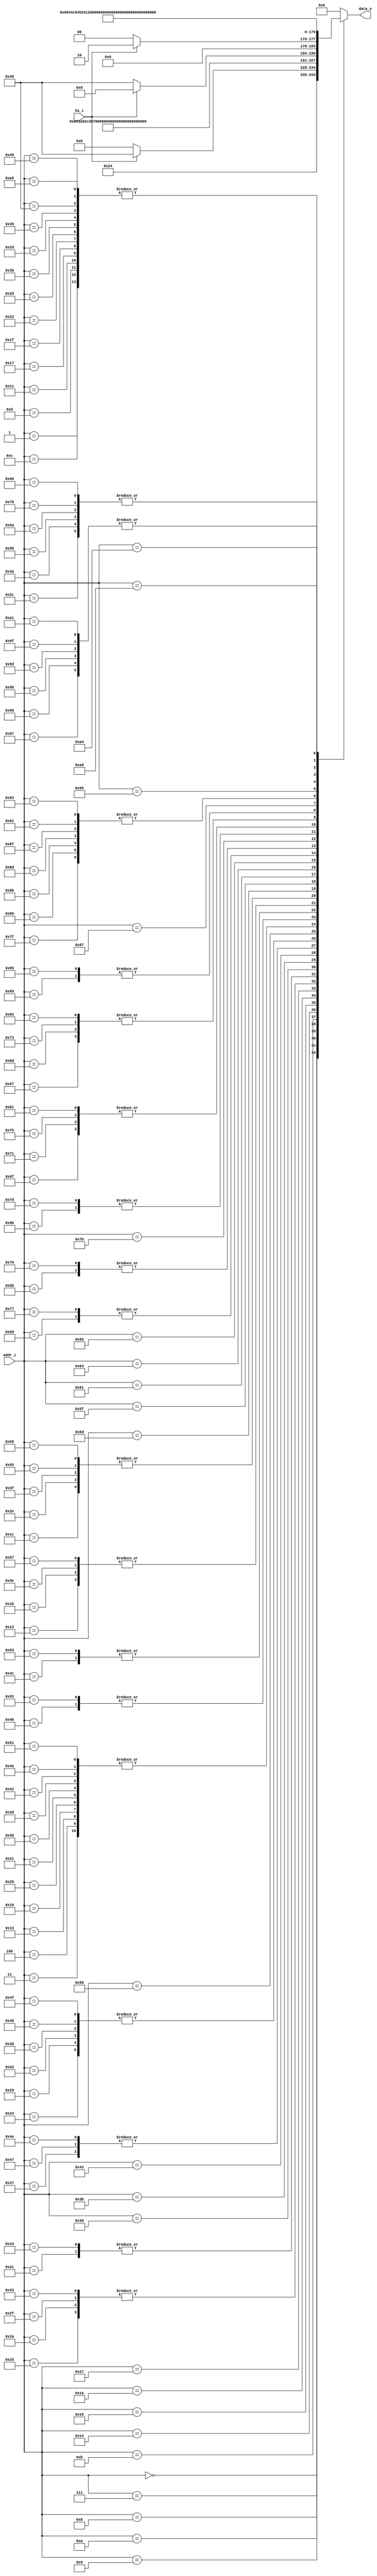
//-----------------------------------------------------------------
//                       USB CDC Device
//                            V0.1
//                     Ultra-Embedded.com
//                     Copyright 2014-2019
//
//
//                         License: LGPL
//-----------------------------------------------------------------
//
// This source file may be used and distributed without         
// restriction provided that this copyright statement is not    
// removed from the file and that any derivative work contains  
// the original copyright notice and the associated disclaimer. 
//
// This source file is free software; you can redistribute it   
// and/or modify it under the terms of the GNU Lesser General   
// Public License as published by the Free Software Foundation; 
// either version 2.1 of the License, or (at your option) any   
// later version.
//
// This source is distributed in the hope that it will be       
// useful, but WITHOUT ANY WARRANTY; without even the implied   
// warranty of MERCHANTABILITY or FITNESS FOR A PARTICULAR      
// PURPOSE.  See the GNU Lesser General Public License for more 
// details.
//
// You should have received a copy of the GNU Lesser General    
// Public License along with this source; if not, write to the 
// Free Software Foundation, Inc., 59 Temple Place, Suite 330, 
// Boston, MA  02111-1307  USA
//-----------------------------------------------------------------

//-----------------------------------------------------------------
//                          Generated File
//-----------------------------------------------------------------
module usb_desc_rom
(
    input        hs_i,
    input  [7:0] addr_i,
    output [7:0] data_o
);

reg [7:0] desc_rom_r;

always @ *
begin
    case (addr_i)
    8'd0: desc_rom_r = 8'h12;
    8'd1: desc_rom_r = 8'h01;
    8'd2: desc_rom_r = 8'h00;
    8'd3: desc_rom_r = 8'h02;
    8'd4: desc_rom_r = 8'h02;
    8'd5: desc_rom_r = 8'h00;
    8'd6: desc_rom_r = 8'h00;
    8'd7: desc_rom_r = hs_i ? 8'h40 : 8'h08;
    8'd8: desc_rom_r = 8'h50;  // VID_L
    8'd9: desc_rom_r = 8'h1d;  // VID_H
    8'd10: desc_rom_r = 8'h49; // PID_L 
    8'd11: desc_rom_r = 8'h61; // PID_H
    8'd12: desc_rom_r = 8'h01;
    8'd13: desc_rom_r = 8'h01;
    8'd14: desc_rom_r = 8'h00;
    8'd15: desc_rom_r = 8'h00;
    8'd16: desc_rom_r = 8'h00;
    8'd17: desc_rom_r = 8'h01;
    8'd18: desc_rom_r = 8'h09;
    8'd19: desc_rom_r = 8'h02;
    8'd20: desc_rom_r = 8'h43;
    8'd21: desc_rom_r = 8'h00;
    8'd22: desc_rom_r = 8'h02;
    8'd23: desc_rom_r = 8'h01;
    8'd24: desc_rom_r = 8'h00;
    8'd25: desc_rom_r = 8'h80;
    8'd26: desc_rom_r = 8'h32;
    8'd27: desc_rom_r = 8'h09;
    8'd28: desc_rom_r = 8'h04;
    8'd29: desc_rom_r = 8'h00;
    8'd30: desc_rom_r = 8'h00;
    8'd31: desc_rom_r = 8'h01;
    8'd32: desc_rom_r = 8'h02;
    8'd33: desc_rom_r = 8'h02;
    8'd34: desc_rom_r = 8'h01;
    8'd35: desc_rom_r = 8'h00;
    8'd36: desc_rom_r = 8'h05;
    8'd37: desc_rom_r = 8'h24;
    8'd38: desc_rom_r = 8'h00;
    8'd39: desc_rom_r = 8'h10;
    8'd40: desc_rom_r = 8'h01;
    8'd41: desc_rom_r = 8'h05;
    8'd42: desc_rom_r = 8'h24;
    8'd43: desc_rom_r = 8'h01;
    8'd44: desc_rom_r = 8'h03;
    8'd45: desc_rom_r = 8'h01;
    8'd46: desc_rom_r = 8'h04;
    8'd47: desc_rom_r = 8'h24;
    8'd48: desc_rom_r = 8'h02;
    8'd49: desc_rom_r = 8'h06;
    8'd50: desc_rom_r = 8'h05;
    8'd51: desc_rom_r = 8'h24;
    8'd52: desc_rom_r = 8'h06;
    8'd53: desc_rom_r = 8'h00;
    8'd54: desc_rom_r = 8'h01;
    8'd55: desc_rom_r = 8'h07;
    8'd56: desc_rom_r = 8'h05;
    8'd57: desc_rom_r = 8'h83;
    8'd58: desc_rom_r = 8'h03;
    8'd59: desc_rom_r = 8'h40;
    8'd60: desc_rom_r = 8'h00;
    8'd61: desc_rom_r = 8'h02;
    8'd62: desc_rom_r = 8'h09;
    8'd63: desc_rom_r = 8'h04;
    8'd64: desc_rom_r = 8'h01;
    8'd65: desc_rom_r = 8'h00;
    8'd66: desc_rom_r = 8'h02;
    8'd67: desc_rom_r = 8'h0a;
    8'd68: desc_rom_r = 8'h00;
    8'd69: desc_rom_r = 8'h00;
    8'd70: desc_rom_r = 8'h00;
    8'd71: desc_rom_r = 8'h07;
    8'd72: desc_rom_r = 8'h05;
    8'd73: desc_rom_r = 8'h01;
    8'd74: desc_rom_r = 8'h02;
    8'd75: desc_rom_r = hs_i ? 8'h00 : 8'h40;
    8'd76: desc_rom_r = hs_i ? 8'h02 : 8'h00;
    8'd77: desc_rom_r = 8'h00;
    8'd78: desc_rom_r = 8'h07;
    8'd79: desc_rom_r = 8'h05;
    8'd80: desc_rom_r = 8'h82;
    8'd81: desc_rom_r = 8'h02;
    8'd82: desc_rom_r = hs_i ? 8'h00 : 8'h40;
    8'd83: desc_rom_r = hs_i ? 8'h02 : 8'h00;
    8'd84: desc_rom_r = 8'h00;
    8'd85: desc_rom_r = 8'h04;
    8'd86: desc_rom_r = 8'h03;
    8'd87: desc_rom_r = 8'h09;
    8'd88: desc_rom_r = 8'h04;
    8'd89: desc_rom_r = 8'h1e;
    8'd90: desc_rom_r = 8'h03;
    8'd91: desc_rom_r = 8'h55;
    8'd92: desc_rom_r = 8'h00;
    8'd93: desc_rom_r = 8'h4c;
    8'd94: desc_rom_r = 8'h00;
    8'd95: desc_rom_r = 8'h54;
    8'd96: desc_rom_r = 8'h00;
    8'd97: desc_rom_r = 8'h52;
    8'd98: desc_rom_r = 8'h00;
    8'd99: desc_rom_r = 8'h41;
    8'd100: desc_rom_r = 8'h00;
    8'd101: desc_rom_r = 8'h2d;
    8'd102: desc_rom_r = 8'h00;
    8'd103: desc_rom_r = 8'h45;
    8'd104: desc_rom_r = 8'h00;
    8'd105: desc_rom_r = 8'h4d;
    8'd106: desc_rom_r = 8'h00;
    8'd107: desc_rom_r = 8'h42;
    8'd108: desc_rom_r = 8'h00;
    8'd109: desc_rom_r = 8'h45;
    8'd110: desc_rom_r = 8'h00;
    8'd111: desc_rom_r = 8'h44;
    8'd112: desc_rom_r = 8'h00;
    8'd113: desc_rom_r = 8'h44;
    8'd114: desc_rom_r = 8'h00;
    8'd115: desc_rom_r = 8'h45;
    8'd116: desc_rom_r = 8'h00;
    8'd117: desc_rom_r = 8'h44;
    8'd118: desc_rom_r = 8'h00;
    8'd119: desc_rom_r = 8'h1e;
    8'd120: desc_rom_r = 8'h03;
    8'd121: desc_rom_r = 8'h55;
    8'd122: desc_rom_r = 8'h00;
    8'd123: desc_rom_r = 8'h53;
    8'd124: desc_rom_r = 8'h00;
    8'd125: desc_rom_r = 8'h42;
    8'd126: desc_rom_r = 8'h00;
    8'd127: desc_rom_r = 8'h20;
    8'd128: desc_rom_r = 8'h00;
    8'd129: desc_rom_r = 8'h44;
    8'd130: desc_rom_r = 8'h00;
    8'd131: desc_rom_r = 8'h45;
    8'd132: desc_rom_r = 8'h00;
    8'd133: desc_rom_r = 8'h4d;
    8'd134: desc_rom_r = 8'h00;
    8'd135: desc_rom_r = 8'h4f;
    8'd136: desc_rom_r = 8'h00;
    8'd137: desc_rom_r = 8'h20;
    8'd138: desc_rom_r = 8'h00;
    8'd139: desc_rom_r = 8'h20;
    8'd140: desc_rom_r = 8'h00;
    8'd141: desc_rom_r = 8'h20;
    8'd142: desc_rom_r = 8'h00;
    8'd143: desc_rom_r = 8'h20;
    8'd144: desc_rom_r = 8'h00;
    8'd145: desc_rom_r = 8'h20;
    8'd146: desc_rom_r = 8'h00;
    8'd147: desc_rom_r = 8'h20;
    8'd148: desc_rom_r = 8'h00;
    8'd149: desc_rom_r = 8'h0e;
    8'd150: desc_rom_r = 8'h03;
    8'd151: desc_rom_r = 8'h30;
    8'd152: desc_rom_r = 8'h00;
    8'd153: desc_rom_r = 8'h30;
    8'd154: desc_rom_r = 8'h00;
    8'd155: desc_rom_r = 8'h30;
    8'd156: desc_rom_r = 8'h00;
    8'd157: desc_rom_r = 8'h30;
    8'd158: desc_rom_r = 8'h00;
    8'd159: desc_rom_r = 8'h30;
    8'd160: desc_rom_r = 8'h00;
    8'd161: desc_rom_r = 8'h30;
    8'd162: desc_rom_r = 8'h00;
    8'd163: desc_rom_r = 8'h00;
    8'd164: desc_rom_r = 8'hc2;
    8'd165: desc_rom_r = 8'h01;
    8'd166: desc_rom_r = 8'h00;
    8'd167: desc_rom_r = 8'h00;
    8'd168: desc_rom_r = 8'h00;
    8'd169: desc_rom_r = 8'h08;
    default: desc_rom_r = 8'h00;
    endcase
end

assign data_o = desc_rom_r;

endmodule